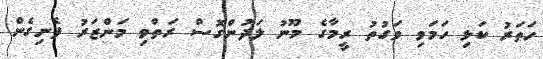
ހަތަރު ކަޅި ހަމަވި ވަގުތު ރީމާގެ މޫނު ލަދުންގޮސް ރަތްވި މަންޒަރު ފެނިގެން